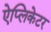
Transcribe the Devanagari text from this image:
ऐप्लिकेटर